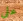
على